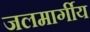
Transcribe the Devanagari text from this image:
जलमार्गीय